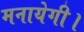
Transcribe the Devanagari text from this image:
मनायेगी।